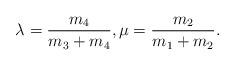
LaTeX: \begin{align*}\lambda=\frac{m_4}{m_3+m_4},\mu=\frac{m_2}{m_1+m_2}.\end{align*}